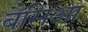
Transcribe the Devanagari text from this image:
बैसिआ